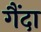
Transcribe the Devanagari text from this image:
गैंदा